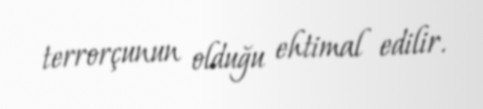
terrorçunun olduğu ehtimal edilir.